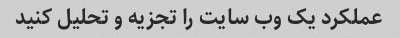
عملکرد یک وب سایت را تجزیه و تحلیل کنید